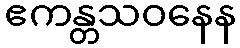
ဧကန္တသဝနေန